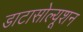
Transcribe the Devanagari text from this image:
डाटासोल्यूशन